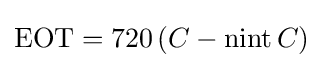
\mathrm {EOT} =720\left(C-\operatorname {nint} {C}\right)